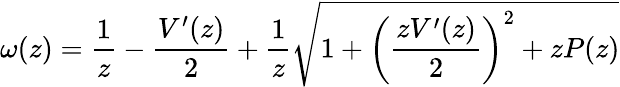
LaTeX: \omega(z)=\frac{1}{z}-\frac{V^{\prime}(z)}{2}+\frac{1}{z}\sqrt{1+\left(\frac{zV^{\prime}(z)}{2}\right)^{2}+zP(z)}